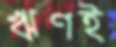
ঋণই